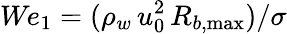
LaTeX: \textit{We}_{1}=(\rho_{w}\, u_{0}^{2}\, R_{b,\operatorname*{max}})/\sigma